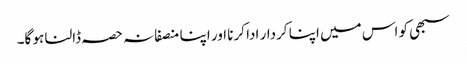
سبھی کو اس میں اپنا کردار ادا کرنا اور اپنا منصفانہ حصہ ڈالنا ہو گا۔